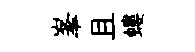
峯且螻